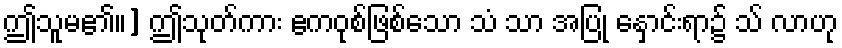
ဤသူမ၏။] ဤသုတ်ကား ဧကဝုစ်ဖြစ်သော သံ သာ အပြု နှောင်းရာ၌ သ် လာဟု